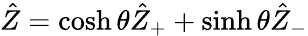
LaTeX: \hat{Z}=\cosh\theta\hat{Z}_{+}+\sinh\theta\hat{Z}_{-}